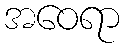
အဝေရာ